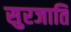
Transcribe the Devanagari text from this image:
सुरजाति